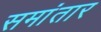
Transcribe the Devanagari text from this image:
समांतार